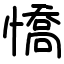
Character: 憍